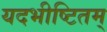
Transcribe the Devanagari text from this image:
यदभीष्टितम्